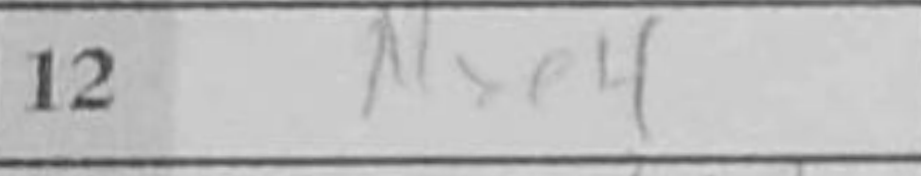
Transcription: Nxe4